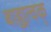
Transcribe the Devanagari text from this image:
बाह्यत्वक्